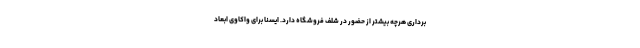
برداری هرچه بیشتر از حضور در شلف فروشگاه دارد. ایسنا برای واکاوی ابعاد